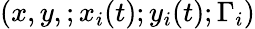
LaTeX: (x,y,;x_{i}(t);y_{i}(t);\Gamma_{i})